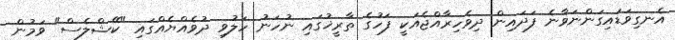
އެނގިވަޑައިގަންނަވާނެ ފަދައިން ދިވެހިރާއްޖެއަކީ ފަހުގެ ތާރީޚުގައި ނުހަނު ހަލުވި ދުވެއްޔެއްގައި "ކޭޝްލެސް" ވަމުން